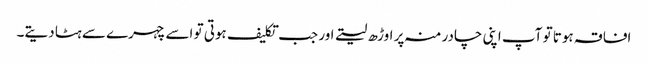
افاقہ ہوتا تو آپ اپنی چادر منہ پر اوڑھ لیتے اور جب تکلیف ہوتی تو اسے چہرے سے ہٹا دیتے۔